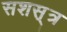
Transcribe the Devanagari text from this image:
सशस़्त्र